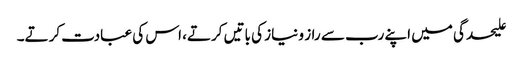
علیحدگی میں اپنے رب سے راز و نیاز کی باتیں کرتے، اس کی عبادت کرتے۔